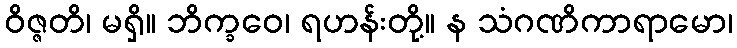
ဝိဇ္ဇတိ၊ မရှိ။ ဘိက္ခဝေ၊ ရဟန်းတို့။ န သံဂဏိကာရာမော၊